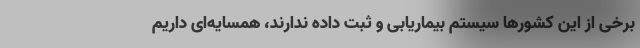
برخی از این کشورها سیستم بیماریابی و ثبت داده ندارند، همسایه‌ای داریم